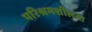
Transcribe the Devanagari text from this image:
परिश्रमशीलता